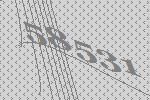
58531